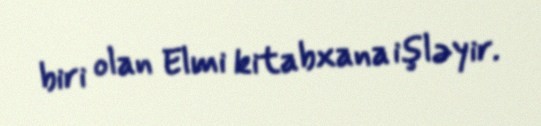
biri olan Elmi kitabxana işləyir.